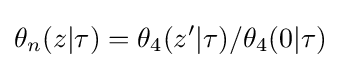
\theta _{n}(z|\tau )=\theta _{4}(z'|\tau )/\theta _{4}(0|\tau )